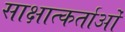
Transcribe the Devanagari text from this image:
साक्षात्कर्ताओं